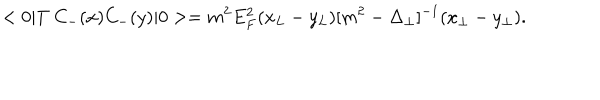
< 0 | T \ C _ { - } ( x ) C _ { - } ( y ) | 0 > = m ^ { 2 } E _ { F } ^ { 2 } ( x _ { L } - y _ { L } ) [ m ^ { 2 } - \Delta _ { \perp } ] ^ { - 1 } ( x _ { \perp } - y _ { \perp } ) .